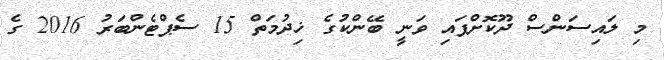
މި ލައިސަންސް ދޫކޮށްފައި ވަނީ ބޭންކުގެ ޚިދުމަތް 15 ސެޕްޓެންބަރު 2016 ގެ